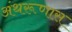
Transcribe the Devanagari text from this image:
अंथरूणास